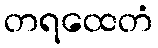
တရထေတံ